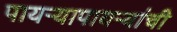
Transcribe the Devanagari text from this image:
पायऱ्यापायऱ्यांची